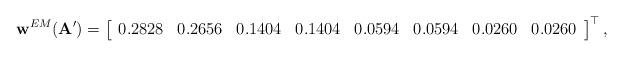
LaTeX: \begin{align*}\mathbf{w}^{EM}(\mathbf{A}') = \left[\begin{array}{cccc cccc} 0.2828 & 0.2656 & 0.1404 & 0.1404 & 0.0594 & 0.0594 & 0.0260 & 0.0260 \\\end{array}\right]^\top,\end{align*}